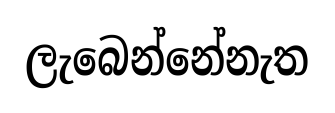
ලැබෙන්නේනැත